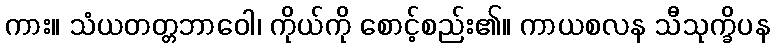
ကား။ သံယတတ္တဘာဝေါ၊ ကိုယ်ကို စောင့်စည်း၏။ ကာယစလန သီသုက္ခိပန